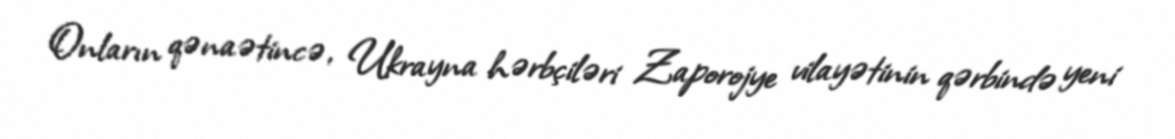
Onların qənaətincə, Ukrayna hərbçiləri Zaporojye vilayətinin qərbində yeni